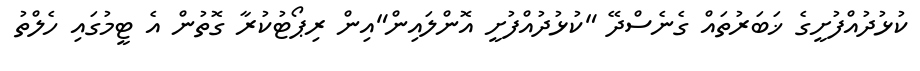
ކުޅުދުއްފުށީގެ ޚަބަރުތައް ގެނެސްދޭ "ކުޅުދުއްފުށީ އޮންލައިން"އިން ރިޕޯޓުކުރާ ގޮތުން އެ ޓީމުގައި ހެލްތު